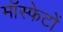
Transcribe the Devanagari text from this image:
मॉस्फेटों